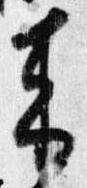
来